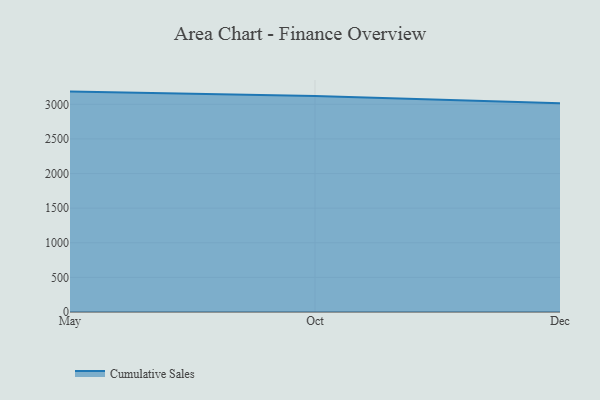
{"axis": {"x": "Month", "y": "Gross Profit (USD K)"}, "legend": ["Cumulative Sales"], "data": [{"x": "May", "y": 3183.9, "type": "Cumulative Sales"}, {"x": "Oct", "y": 3119.4, "type": "Cumulative Sales"}, {"x": "Dec", "y": 3017.2, "type": "Cumulative Sales"}]}